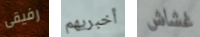
رفيقى أخبريهم غشاش